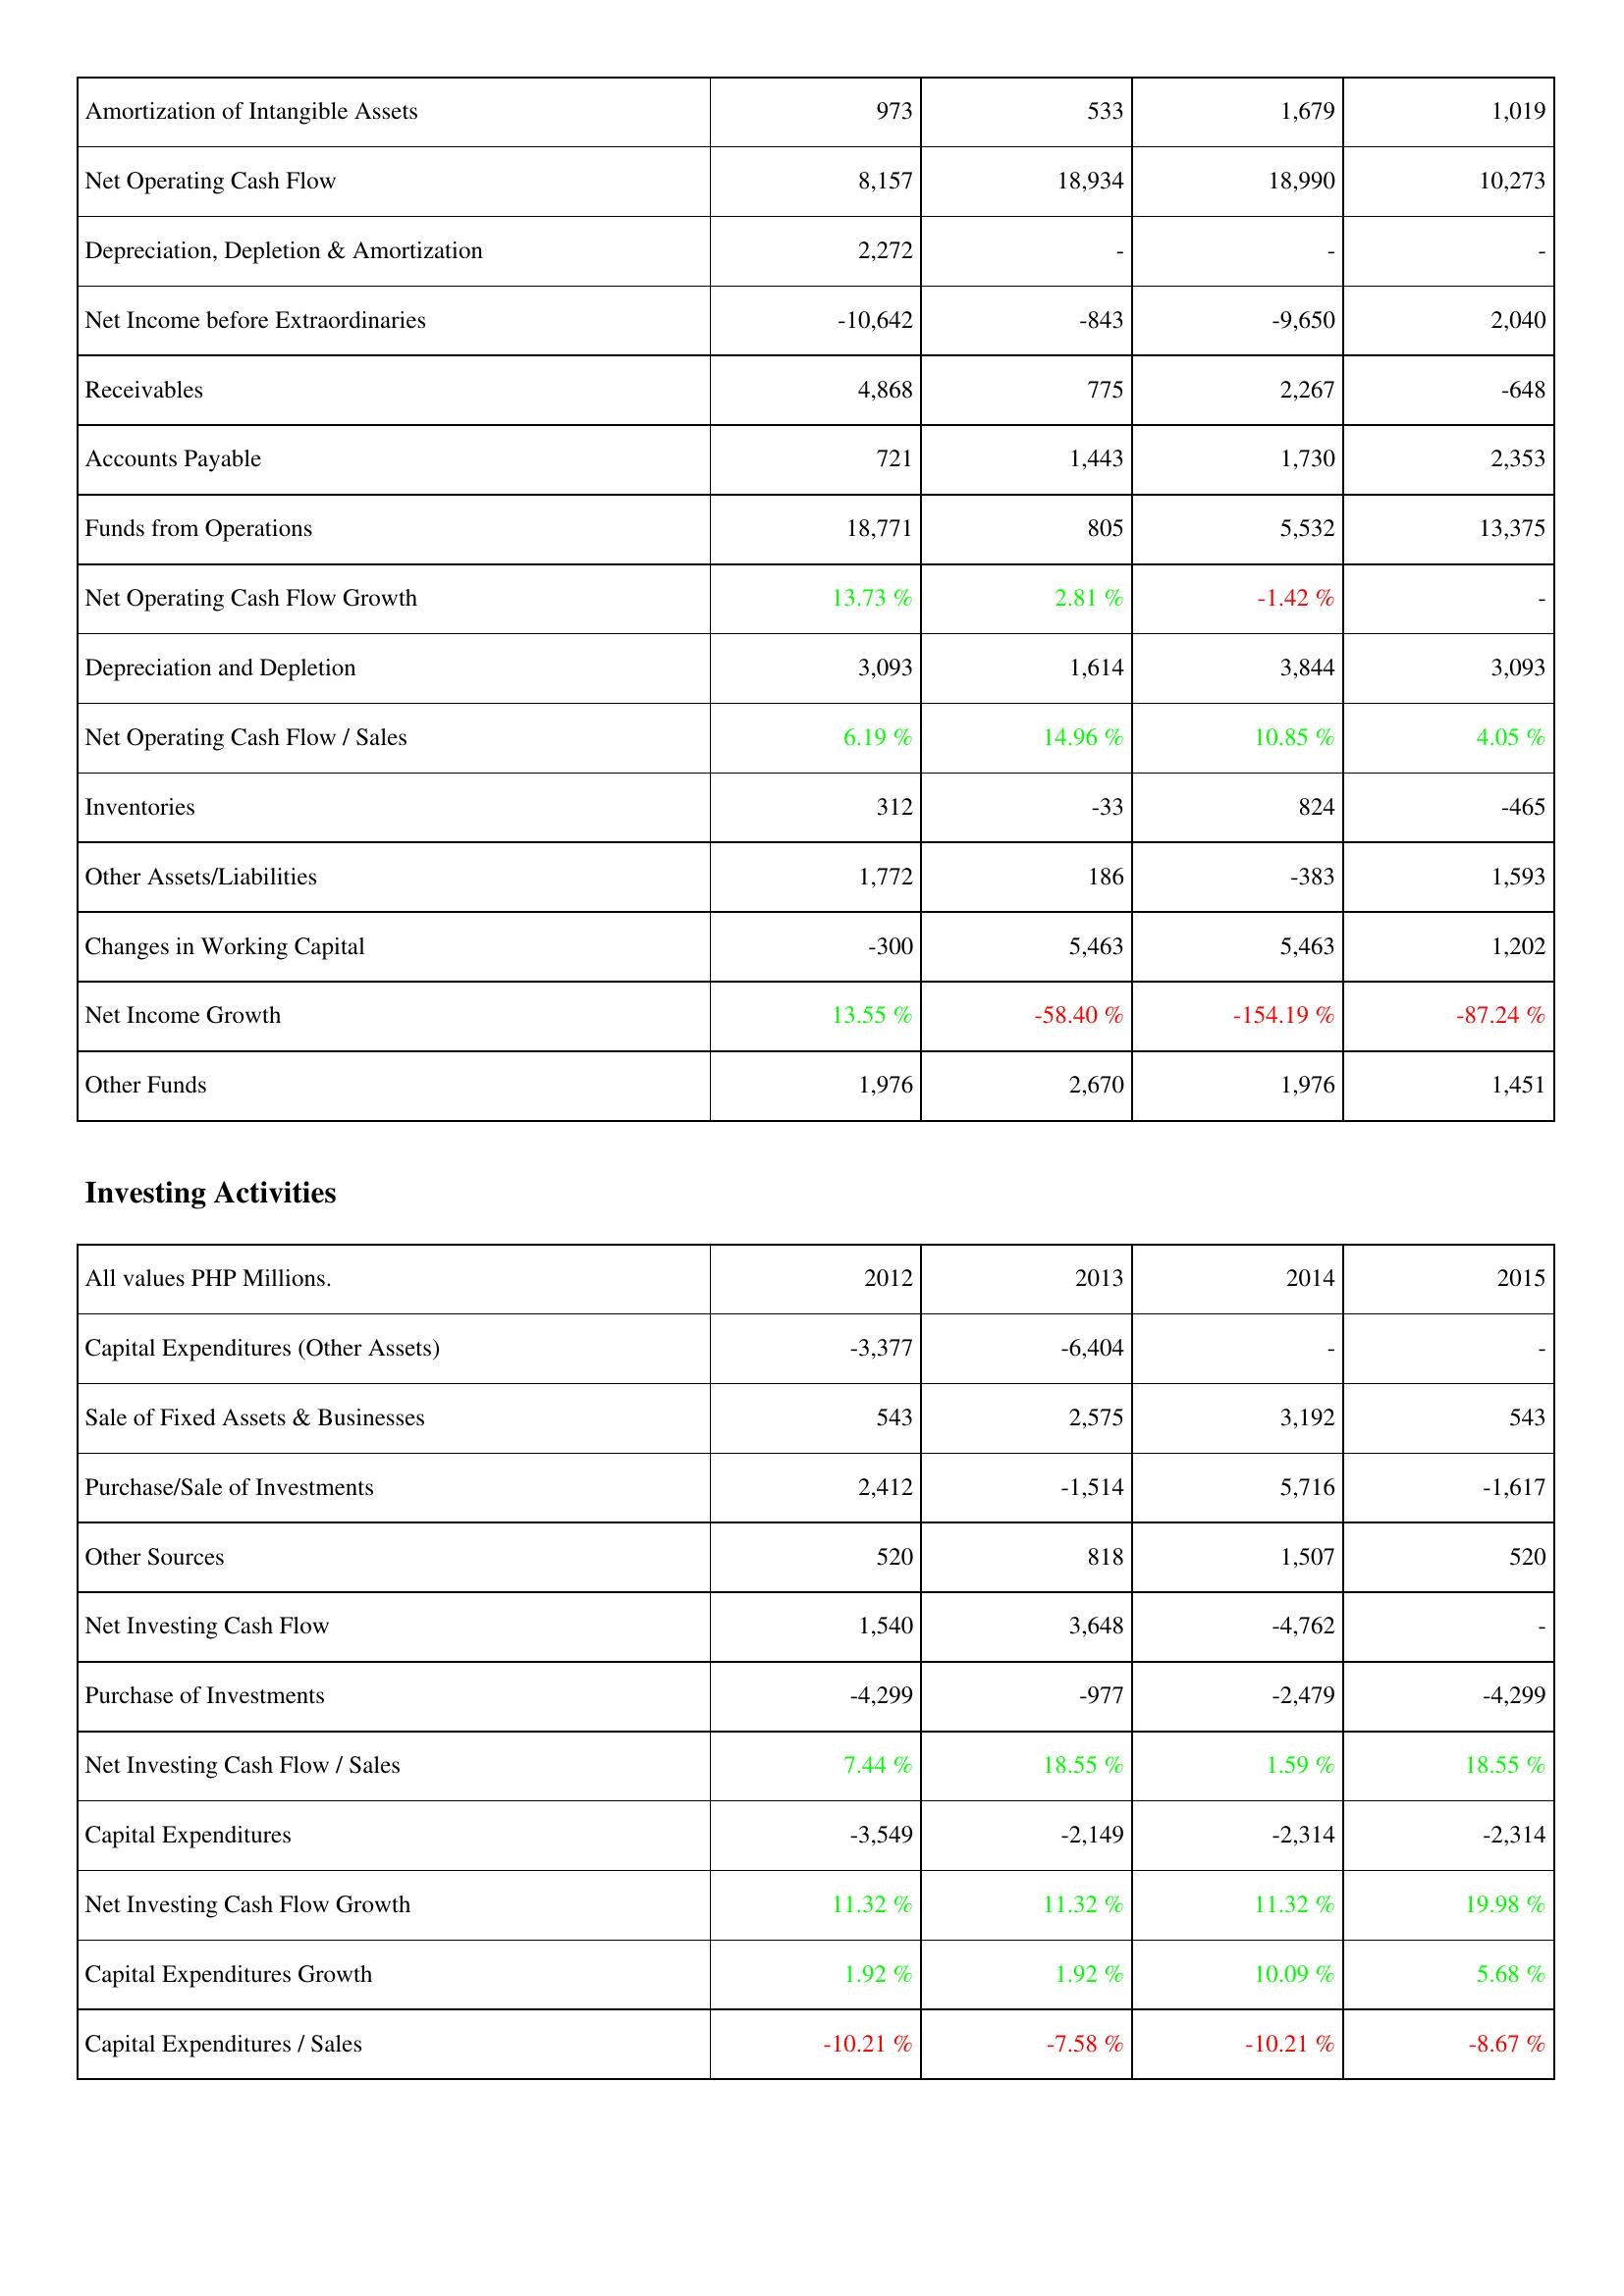
2012: Operating Activities: Amortization of Intangible Assets: 973
Net Operating Cash Flow: 8,157
Depreciation, Depletion & Amortization: 2,272
Net Income before Extraordinaries: -10,642
Receivables: 4,868
Accounts Payable: 721
Funds from Operations: 18,771
Net Operating Cash Flow Growth: 13.73 %
Depreciation and Depletion: 3,093
Net Operating Cash Flow / Sales: 6.19 %
Inventories: 312
Other Assets/Liabilities: 1,772
Changes in Working Capital: -300
Net Income Growth: 13.55 %
Other Funds: 1,976
Investing Activities: Capital Expenditures (Other Assets): -3,377
Sale of Fixed Assets & Businesses: 543
Purchase/Sale of Investments: 2,412
Other Sources: 520
Net Investing Cash Flow: 1,540
Purchase of Investments: -4,299
Net Investing Cash Flow / Sales: 7.44 %
Capital Expenditures: -3,549
Net Investing Cash Flow Growth: 11.32 %
Capital Expenditures Growth: 1.92 %
Capital Expenditures / Sales: -10.21 %
2013: Operating Activities: Amortization of Intangible Assets: 533
Net Operating Cash Flow: 18,934
Depreciation, Depletion & Amortization: -
Net Income before Extraordinaries: -843
Receivables: 775
Accounts Payable: 1,443
Funds from Operations: 805
Net Operating Cash Flow Growth: 2.81 %
Depreciation and Depletion: 1,614
Net Operating Cash Flow / Sales: 14.96 %
Inventories: -33
Other Assets/Liabilities: 186
Changes in Working Capital: 5,463
Net Income Growth: -58.40 %
Other Funds: 2,670
Investing Activities: Capital Expenditures (Other Assets): -6,404
Sale of Fixed Assets & Businesses: 2,575
Purchase/Sale of Investments: -1,514
Other Sources: 818
Net Investing Cash Flow: 3,648
Purchase of Investments: -977
Net Investing Cash Flow / Sales: 18.55 %
Capital Expenditures: -2,149
Net Investing Cash Flow Growth: 11.32 %
Capital Expenditures Growth: 1.92 %
Capital Expenditures / Sales: -7.58 %
2014: Operating Activities: Amortization of Intangible Assets: 1,679
Net Operating Cash Flow: 18,990
Depreciation, Depletion & Amortization: -
Net Income before Extraordinaries: -9,650
Receivables: 2,267
Accounts Payable: 1,730
Funds from Operations: 5,532
Net Operating Cash Flow Growth: -1.42 %
Depreciation and Depletion: 3,844
Net Operating Cash Flow / Sales: 10.85 %
Inventories: 824
Other Assets/Liabilities: -383
Changes in Working Capital: 5,463
Net Income Growth: -154.19 %
Other Funds: 1,976
Investing Activities: Capital Expenditures (Other Assets): -
Sale of Fixed Assets & Businesses: 3,192
Purchase/Sale of Investments: 5,716
Other Sources: 1,507
Net Investing Cash Flow: -4,762
Purchase of Investments: -2,479
Net Investing Cash Flow / Sales: 1.59 %
Capital Expenditures: -2,314
Net Investing Cash Flow Growth: 11.32 %
Capital Expenditures Growth: 10.09 %
Capital Expenditures / Sales: -10.21 %
2015: Operating Activities: Amortization of Intangible Assets: 1,019
Net Operating Cash Flow: 10,273
Depreciation, Depletion & Amortization: -
Net Income before Extraordinaries: 2,040
Receivables: -648
Accounts Payable: 2,353
Funds from Operations: 13,375
Net Operating Cash Flow Growth: -
Depreciation and Depletion: 3,093
Net Operating Cash Flow / Sales: 4.05 %
Inventories: -465
Other Assets/Liabilities: 1,593
Changes in Working Capital: 1,202
Net Income Growth: -87.24 %
Other Funds: 1,451
Investing Activities: Capital Expenditures (Other Assets): -
Sale of Fixed Assets & Businesses: 543
Purchase/Sale of Investments: -1,617
Other Sources: 520
Net Investing Cash Flow: -
Purchase of Investments: -4,299
Net Investing Cash Flow / Sales: 18.55 %
Capital Expenditures: -2,314
Net Investing Cash Flow Growth: 19.98 %
Capital Expenditures Growth: 5.68 %
Capital Expenditures / Sales: -8.67 %